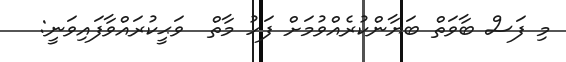
މި ފަސް ބާވަތް ބަޔާންކުރެއްވުމަށް ފަހު މާތް  ވަޙީކުރައްވާފައިވަނީ: